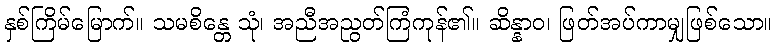
နှစ်ကြိမ်မြောက်။ သမစိန္တေ သုံ၊ အညီအညွတ်ကြံကုန်၏။ ဆိန္နာဝ၊ ဖြတ်အပ်ကာမျှဖြစ်သော။